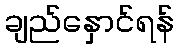
ချည်နှောင်ရန်